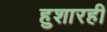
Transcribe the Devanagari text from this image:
हुशारही